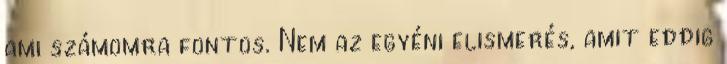
ami számomra fontos. Nem az egyéni elismerés, amit eddig